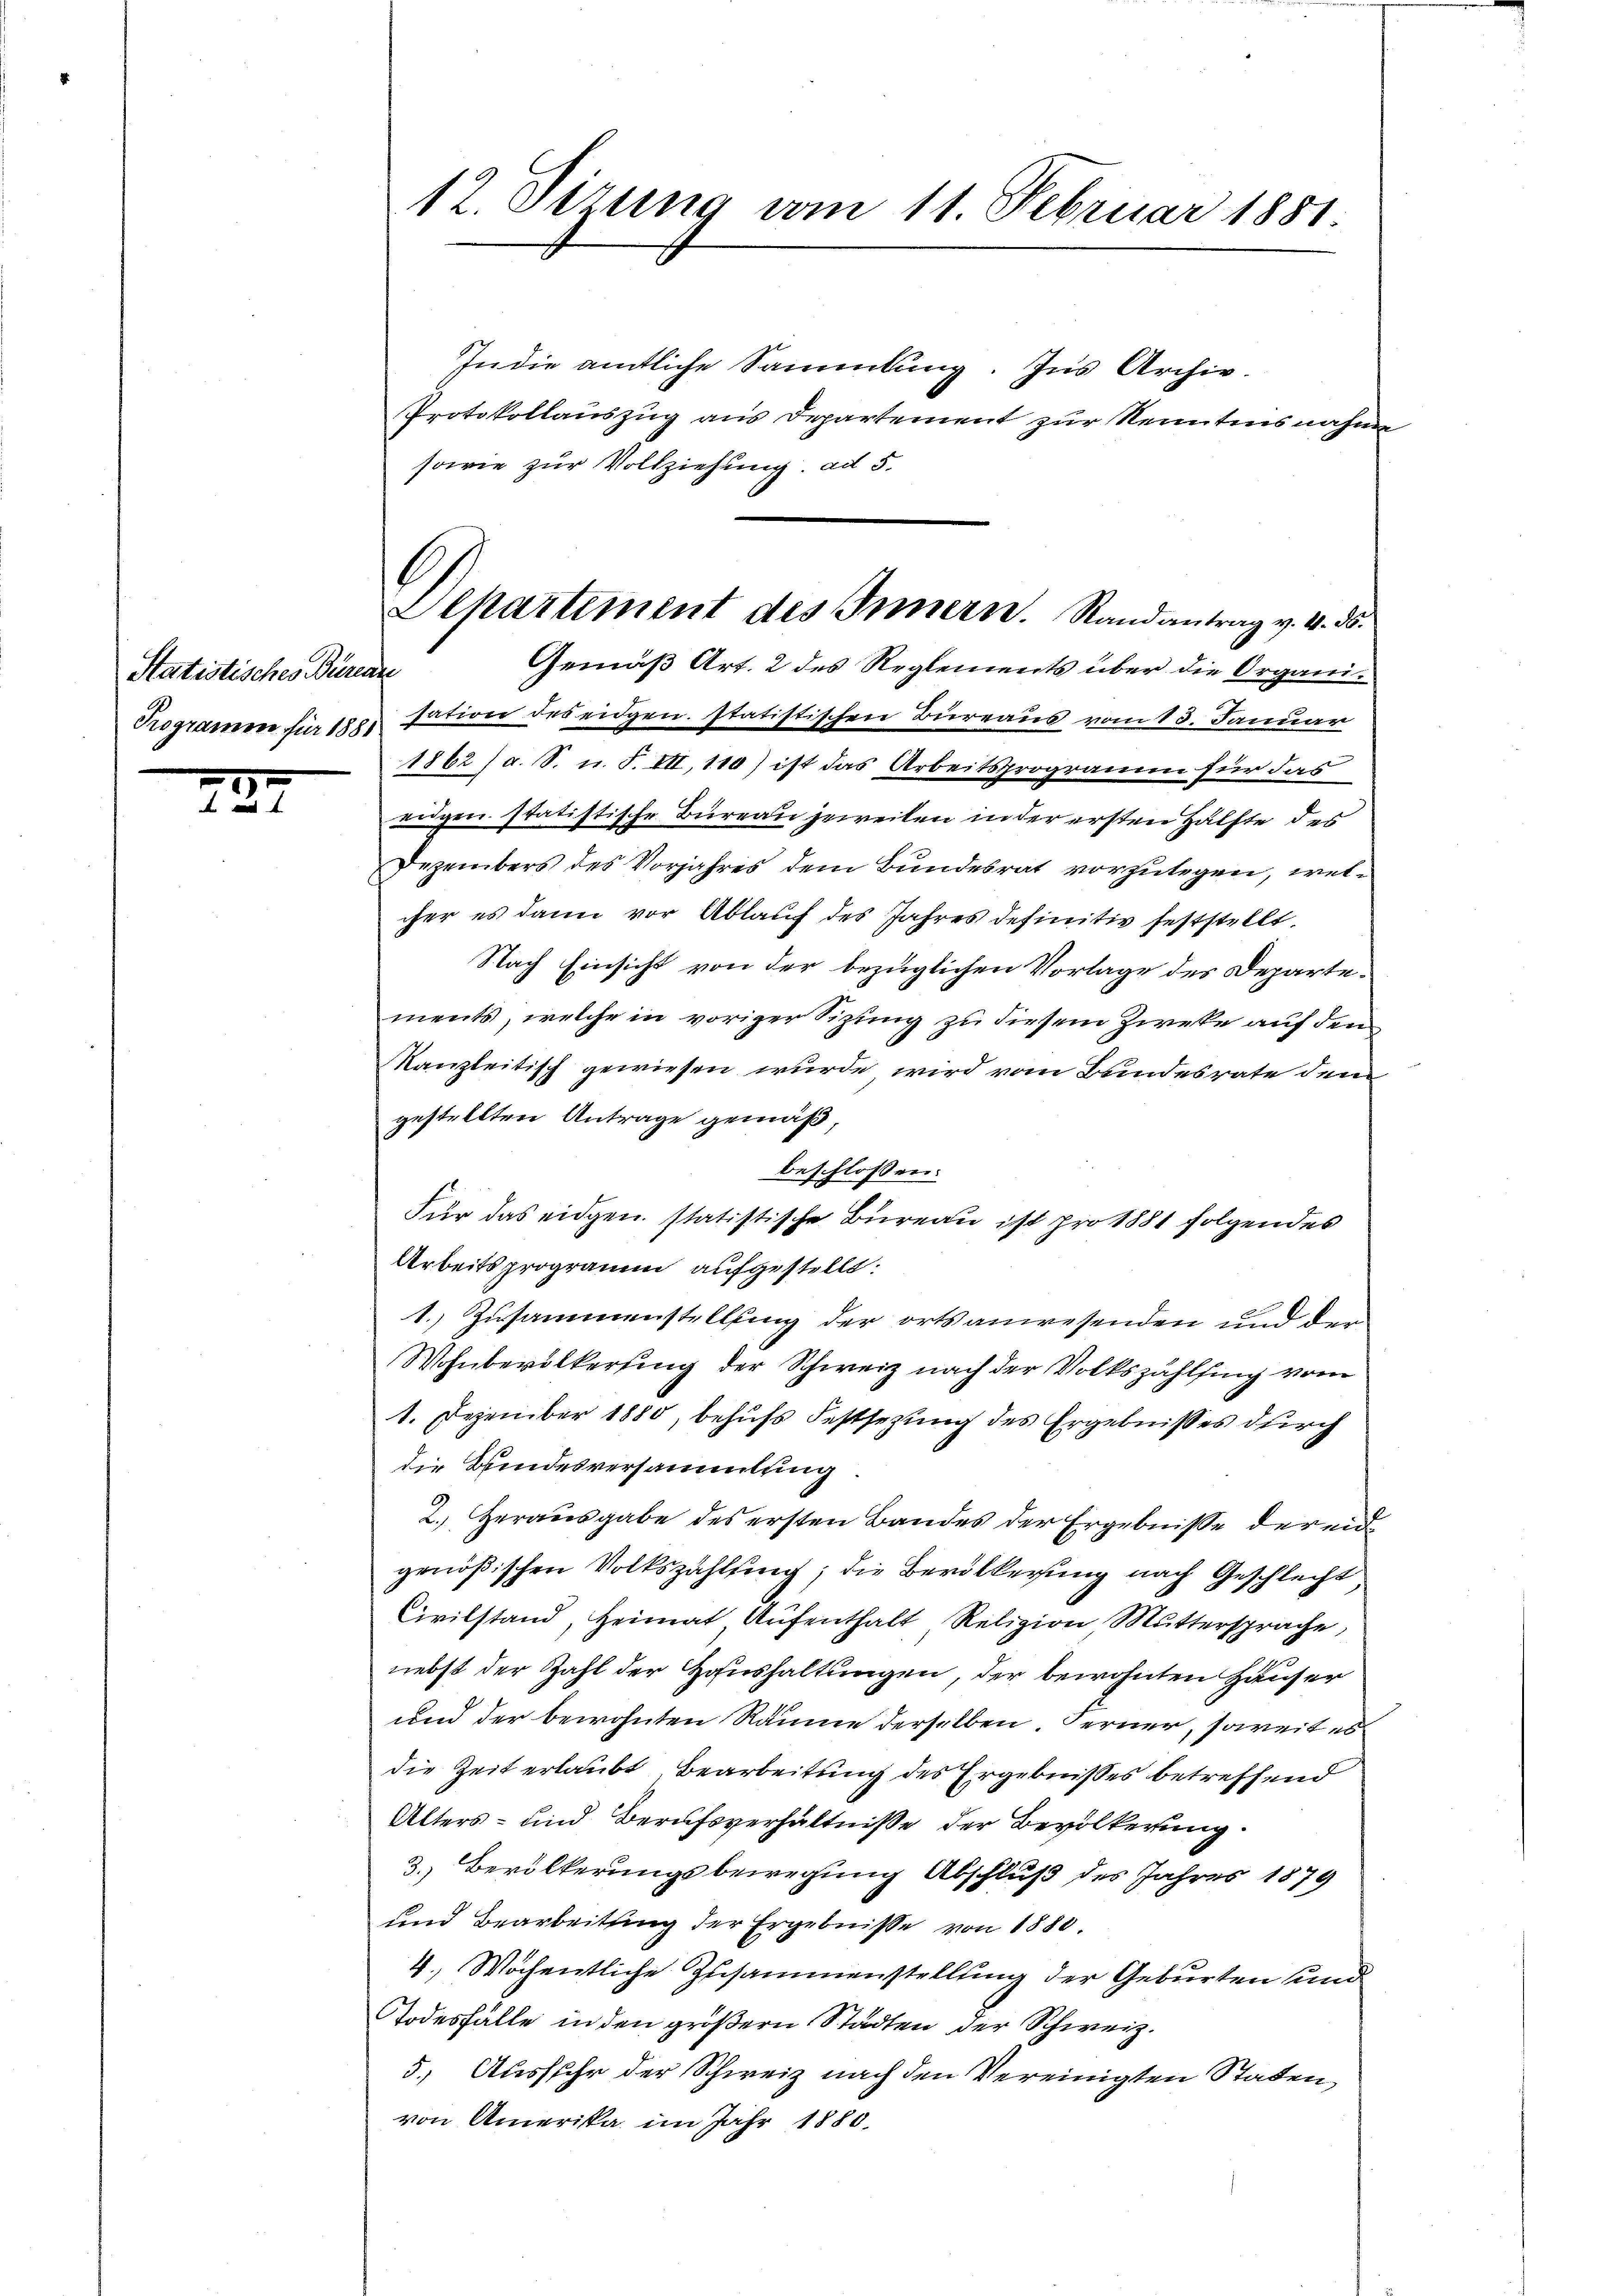
Statistisches Büreau
Programm für 1881.

22

12. Sizung am 11. Februar 1881.

In die amtliche Sammlung. Ins Archiv-
Protokollauszug aus Departement zur Kenntnisnahme
sowie zur Vollziehung. ad 5.
sation des eidgen. statistischen Bureaus vom 13. Januar
1862 /d. S. u. F. VII, 110) ist das Arbeitsprogramm für das
eidgen. statistische Bureau jeweiten in der ersten Hälfte des
Dezembers des Vorjahres dem Bundesrat vorzulegen, welcher es dann vor Ablauf des Jahres definitiv feststellt.
Nach Einsicht von der bezüglichen Vorlage des Departements, welche in voriger Sizung zu diesem Zwecke auf den
Kanzleitisch gewiesen wurde wird vom Bundesrate dem
gestellten Antrage gemäß
Für das eidgen. statistische Bureau ist pro 1881 folgendes
Arbeitsprogramm aufgestellt:
1. Zusammenstellung der ortsanwesenden und der
Wohnbevölkerung der Schweiz nach der Volkszählfing vom
1. Dezember 1880, behufs Festsezung des Ergebnisses durch
die Bindesversammlung
2.) Herausgabe des ersten Bandes der Ergebnisse der eid
genößischen Volkszahlung; die Bevölkerung nach Geschlecht
Civilstand, Heimat Aŭfenthalt Religion Muttersprache,
nebst der Zahl der Haushaltungen, der bewohnten Häuser
und der bewohnten Räume derselben Ferner, soweit es
die Zeit erlaubt Bearbeitung des Ergebnisses betreffend
Alters- und Berufsverhältniße der Bevölkerung
3. Bevölkerungsbewegung Abschluß des Jahres 1879
und Bearbeitung der Ergebnisse von 1880.
4., Wochentliche Zusammenstellung der Geburten und
Todesfälle in den größern Städten der Schweiz.
5.) Ausfuhr der Schweiz nach den Vereinigten Staden,
von Amerika im Jahr 1880.

)
Alpartement des Innern. Randantrag v. 4. ds.
Gemäß Art. 2 des Reglements über die Organi¬

beschlossen: